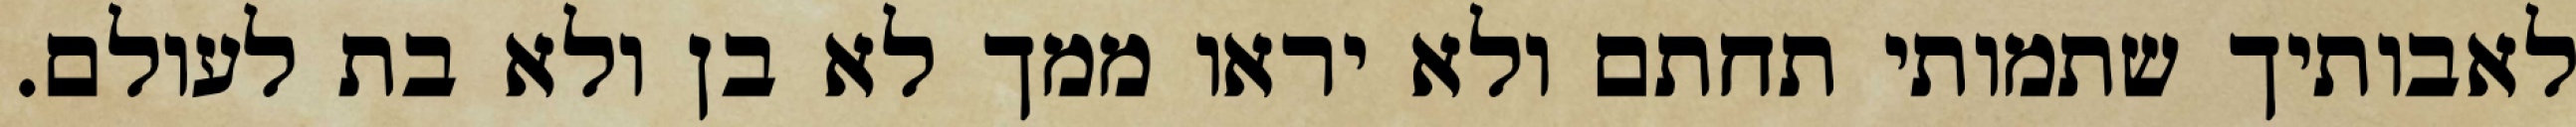
לאבותיך שתמותי תחתם ולא יראו ממך לא בן ולא בת לעולם.